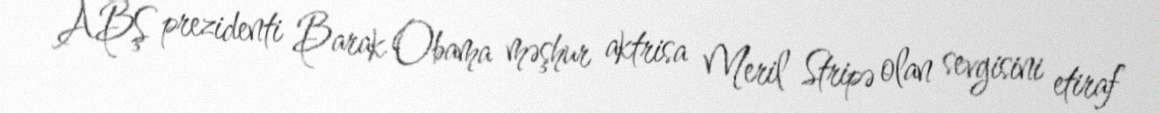
ABŞ prezidenti Barak Obama məşhur aktrisa Meril Stripə olan sevgisini etiraf